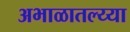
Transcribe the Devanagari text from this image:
अभाळातल्य्या